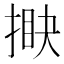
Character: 𢯵